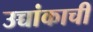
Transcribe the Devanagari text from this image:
उच्चांकाची